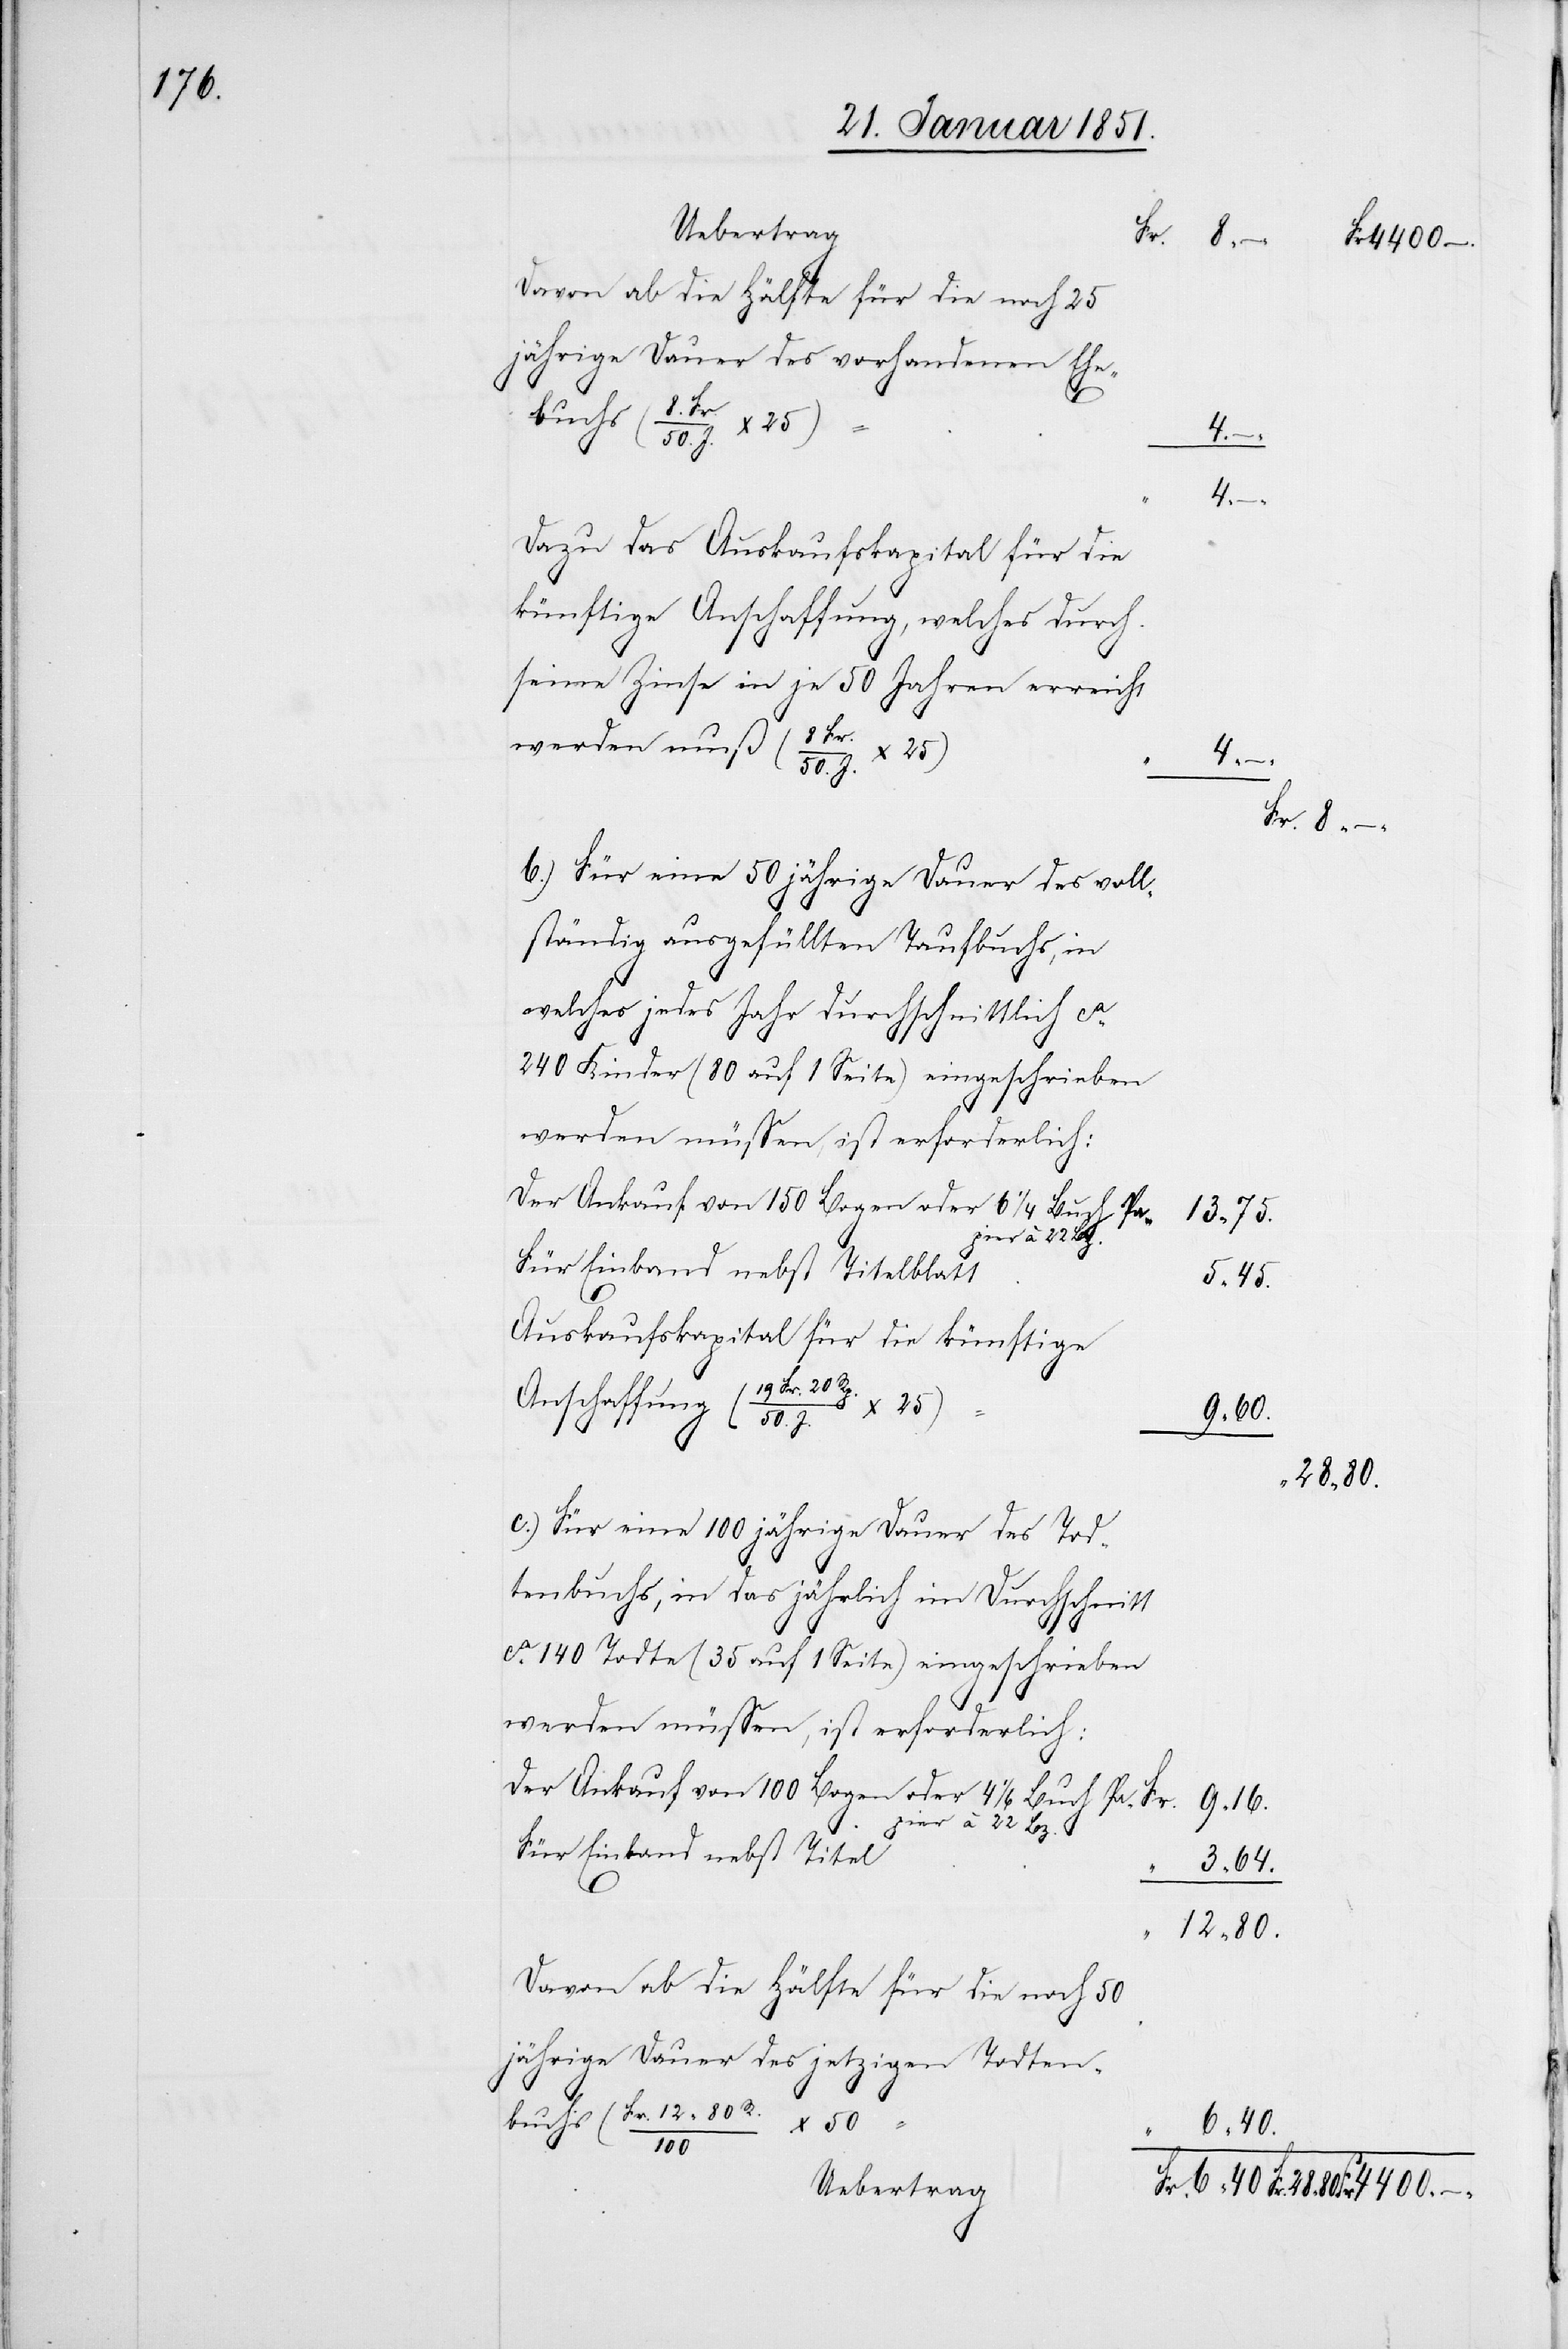
Davon ab die Hälfte für die noch 25j¬
ährige Dauer des vorhandenen Ehe¬
4 –
4 –
Dazu das Auskaufskapital für die
künftige Anschaffung, welches durch
seine Zinse in je 50 Jahren erreicht
werden
Für eine 50jährige Dauer des voll¬
ständig ausgefüllten Taufbuchs, in
welches jedes Jahr durchschnittlich ca.
240 Kinder (80 auf 1 Seite) eingeschrieben
50)
werden müssen, ist erforderlich:
Der Ankauf von 100 Bogen oder 4 1/6 Buch Pa¬
13 75.
Für Einband nebst Titelblatt
5 45.
Auskaufskapital für die künftige
50. J. x 25)
“
6
28 80.
Für eine 100jährige Dauer des Tod¬
tenbuchs, in das jährlich im Durchschnitt
ca. 140 Todte (35 auf 1 Seite) eingeschrieben
9 16.
pier
22 Bz.
Für Einband nebst Titel
3 64.
“
12 80 R.
Davon ab die Hälfte für die noch 50j¬
ährige Dauer des jetzigen Todten¬
Fr.
6 40.
40
Uebertrag

4400 –